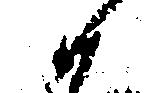
候